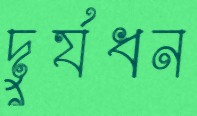
দুর্যধন